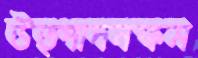
উত্পাদনক্ষম